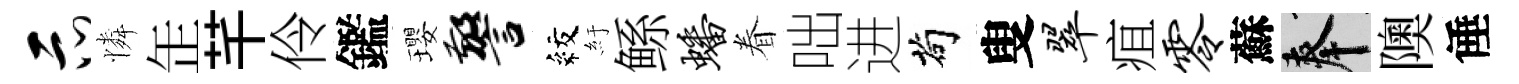
示憐𦈢芊伶鑑瓔警紋紆鲧蟠眷咄进茍叟翠疽零蘇奉隩倕